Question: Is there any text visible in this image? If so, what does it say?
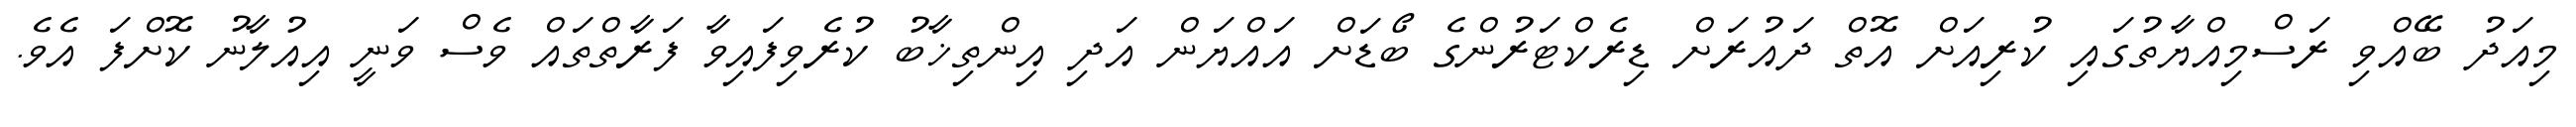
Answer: މިއަދު ބޭއްވި ރަސްމިއްޔާތުގައި ކުރިއަށް އޮތް ދައުރަށް ޑިރެކްޓަރުންގެ ބޯޑަށް އައްޔަން އަދި އިންތިޚާބު ކުރެވިފައިވާ ފަރާތްތައް ވެސް ވަނީ އިއުލާނު ކޮށްފަ އެވެ.